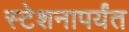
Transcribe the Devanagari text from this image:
स्टेशनापर्यंत